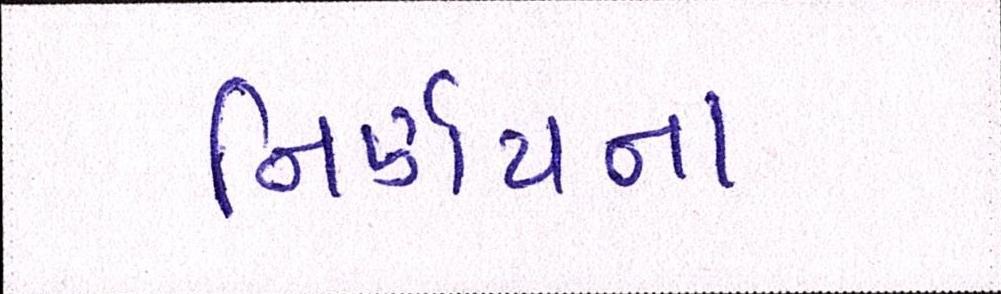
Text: નિર્ણયના